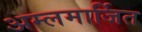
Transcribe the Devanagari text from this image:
अम्लमार्जित